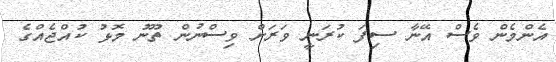
އެންމެން ވެސް އޭނާ ސިފަ ކުރަނީ ވަރަށް ވިސްނުން ތޫނު މޮޅު ކުއްޖެއްގެ